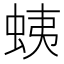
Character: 蛦